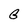
Character: G